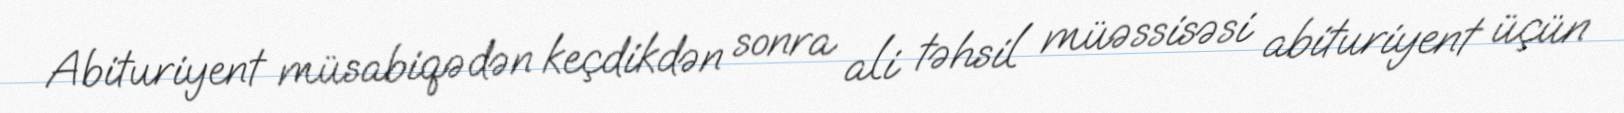
Abituriyent müsabiqədən keçdikdən sonra ali təhsil müəssisəsi abituriyent üçün